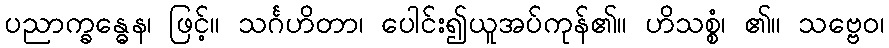
ပညာက္ခန္ဓေန၊ ဖြင့်။ သင်္ဂဟိတာ၊ ပေါင်း၍ယူအပ်ကုန်၏။ ဟိသစ္စံ၊ ၏။ သဗ္ဗေဝ၊